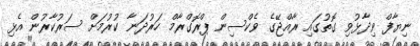
ނިޔާފް ވިދާޅުވި ގޮތުގައި ރާއްޖޭގެ ވެކްސިން ޕްރޮގްރާމް ހަރުދަނާ ކުރުމަށް ސަރުކާރުން އެޅި